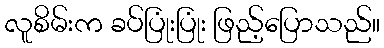
လူစိမ်းက ခပ်ပြုံးပြုံး ဖြည့်ပြောသည်။